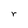
Character: r